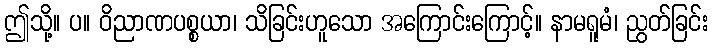
ဤသို့။ ပ။ ဝိညာဏပစ္စယာ၊ သိခြင်းဟူသော အကြောင်းကြောင့်။ နာမရူမံ၊ ညွတ်ခြင်း